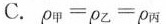
$$C.ρ_{甲}=ρ_{乙}=ρ_{丙}$$